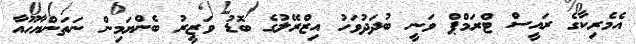
އެމެރިކާގެ ރައީސް ޓްރަމްޕް ވަނީ ބުދަދުވަހު އިޒްރޭލުގެ ބޮޑު ވަޒީރު ބެންޔަމިން ނަތަންޔާހޫއާ